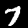
Label: 7